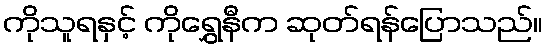
ကိုသူရနှင့် ကိုရွှေနီက ဆုတ်ရန်ပြောသည်။